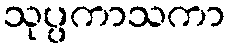
သုပ္ပကာသကာ